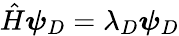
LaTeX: \hat{H}\boldsymbol{\psi}_{D}=\lambda_{D}\boldsymbol{\psi}_{D}